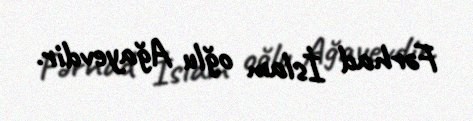
Fərhad İslam oğlu Ağayevdir.